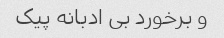
و برخورد بی ادبانه پیک